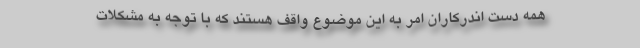
همه دست اندركاران امر به اين موضوع واقف هستند كه با توجه به مشكلات